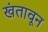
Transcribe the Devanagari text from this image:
खंतावून